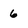
Character: 6